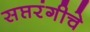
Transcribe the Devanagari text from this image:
सप्तरंगीचे